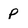
Character: p